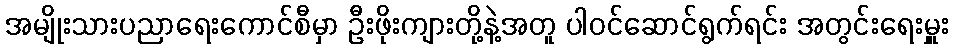
အမျိုးသားပညာရေးကောင်စီမှာ ဦးဖိုးကျားတို့နဲ့အတူ ပါဝင်ဆောင်ရွက်ရင်း အတွင်းရေးမှူး